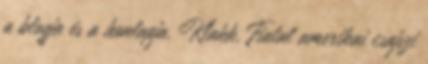
a blogja és a honlapja. Klakk. Fiatal amerikai csajszi